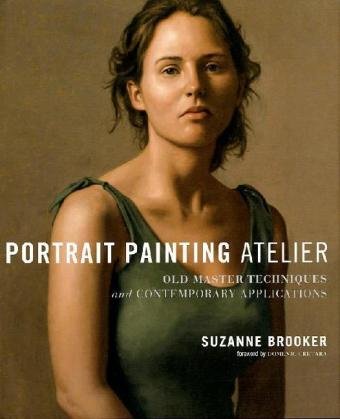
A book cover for Portrait Painting Atelier: Old Master Techniques and Contemporary Applications; Suzanne Brooker; Arts & Photography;